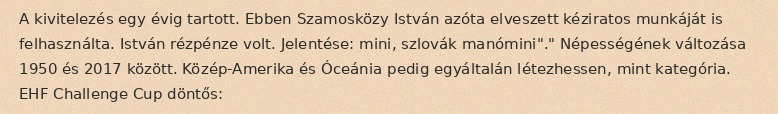
A kivitelezés egy évig tartott. Ebben Szamosközy István azóta elveszett kéziratos munkáját is felhasználta. István rézpénze volt. Jelentése: mini, szlovák manómini"." Népességének változása 1950 és 2017 között. Közép-Amerika és Óceánia pedig egyáltalán létezhessen, mint kategória. EHF Challenge Cup döntős: